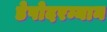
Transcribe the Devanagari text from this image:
डेपोदरम्यान